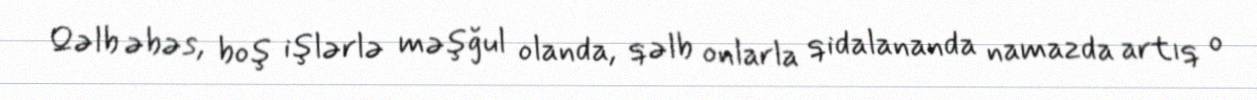
Qəlb əbəs, boş işlərlə məşğul olanda, qəlb onlarla qidalananda namazda artıq o